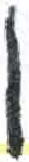
אות: ן